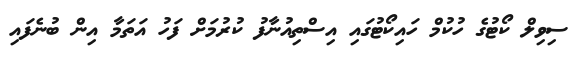
ސިވިލް ކޯޓުގެ ހުކުމް ހައިކޯޓުގައި އިސްތިއުނާފު ކުރުމަށް ފަހު އަތަމާ އިން ބުނެފައި